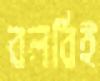
বলবিই